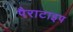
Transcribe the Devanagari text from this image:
पैराटाइप